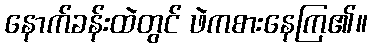
နောက်ခန်းထဲတွင် ဖဲကစားနေကြ၏။